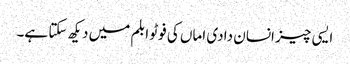
ایسی چیز انسان دادی اماں کی فوٹو ابلم میں دیکھ سکتا ہے۔